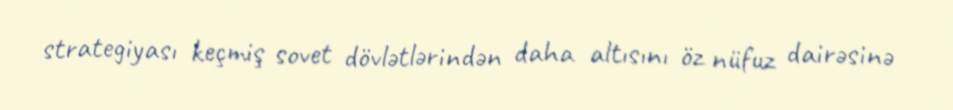
strategiyası keçmiş sovet dövlətlərindən daha altısını öz nüfuz dairəsinə